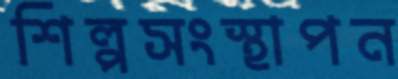
শিল্পসংস্থাপন